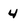
Character: 4